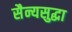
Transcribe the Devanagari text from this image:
सैन्यसुद्धा